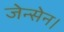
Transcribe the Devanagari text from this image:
जेन्सेन।